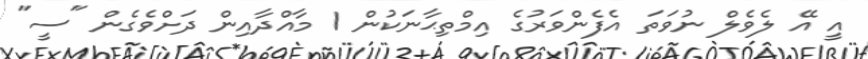
އީ އޭ ލެވެލް ނުވަތަ އެފެންވަރުގެ އިމްތިޙާނަކުން 1 މާއްދާއިން ދަށްވެގެން "ސީ"